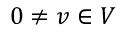
0 \not = v \in V